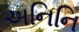
અનિનિ